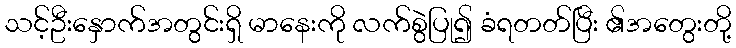
သင့်ဦးနှောက်အတွင်းရှိ မာနေးကို လက်စွဲပြု၍ ခံရတတ်ပြီး ၏အတွေးတို့